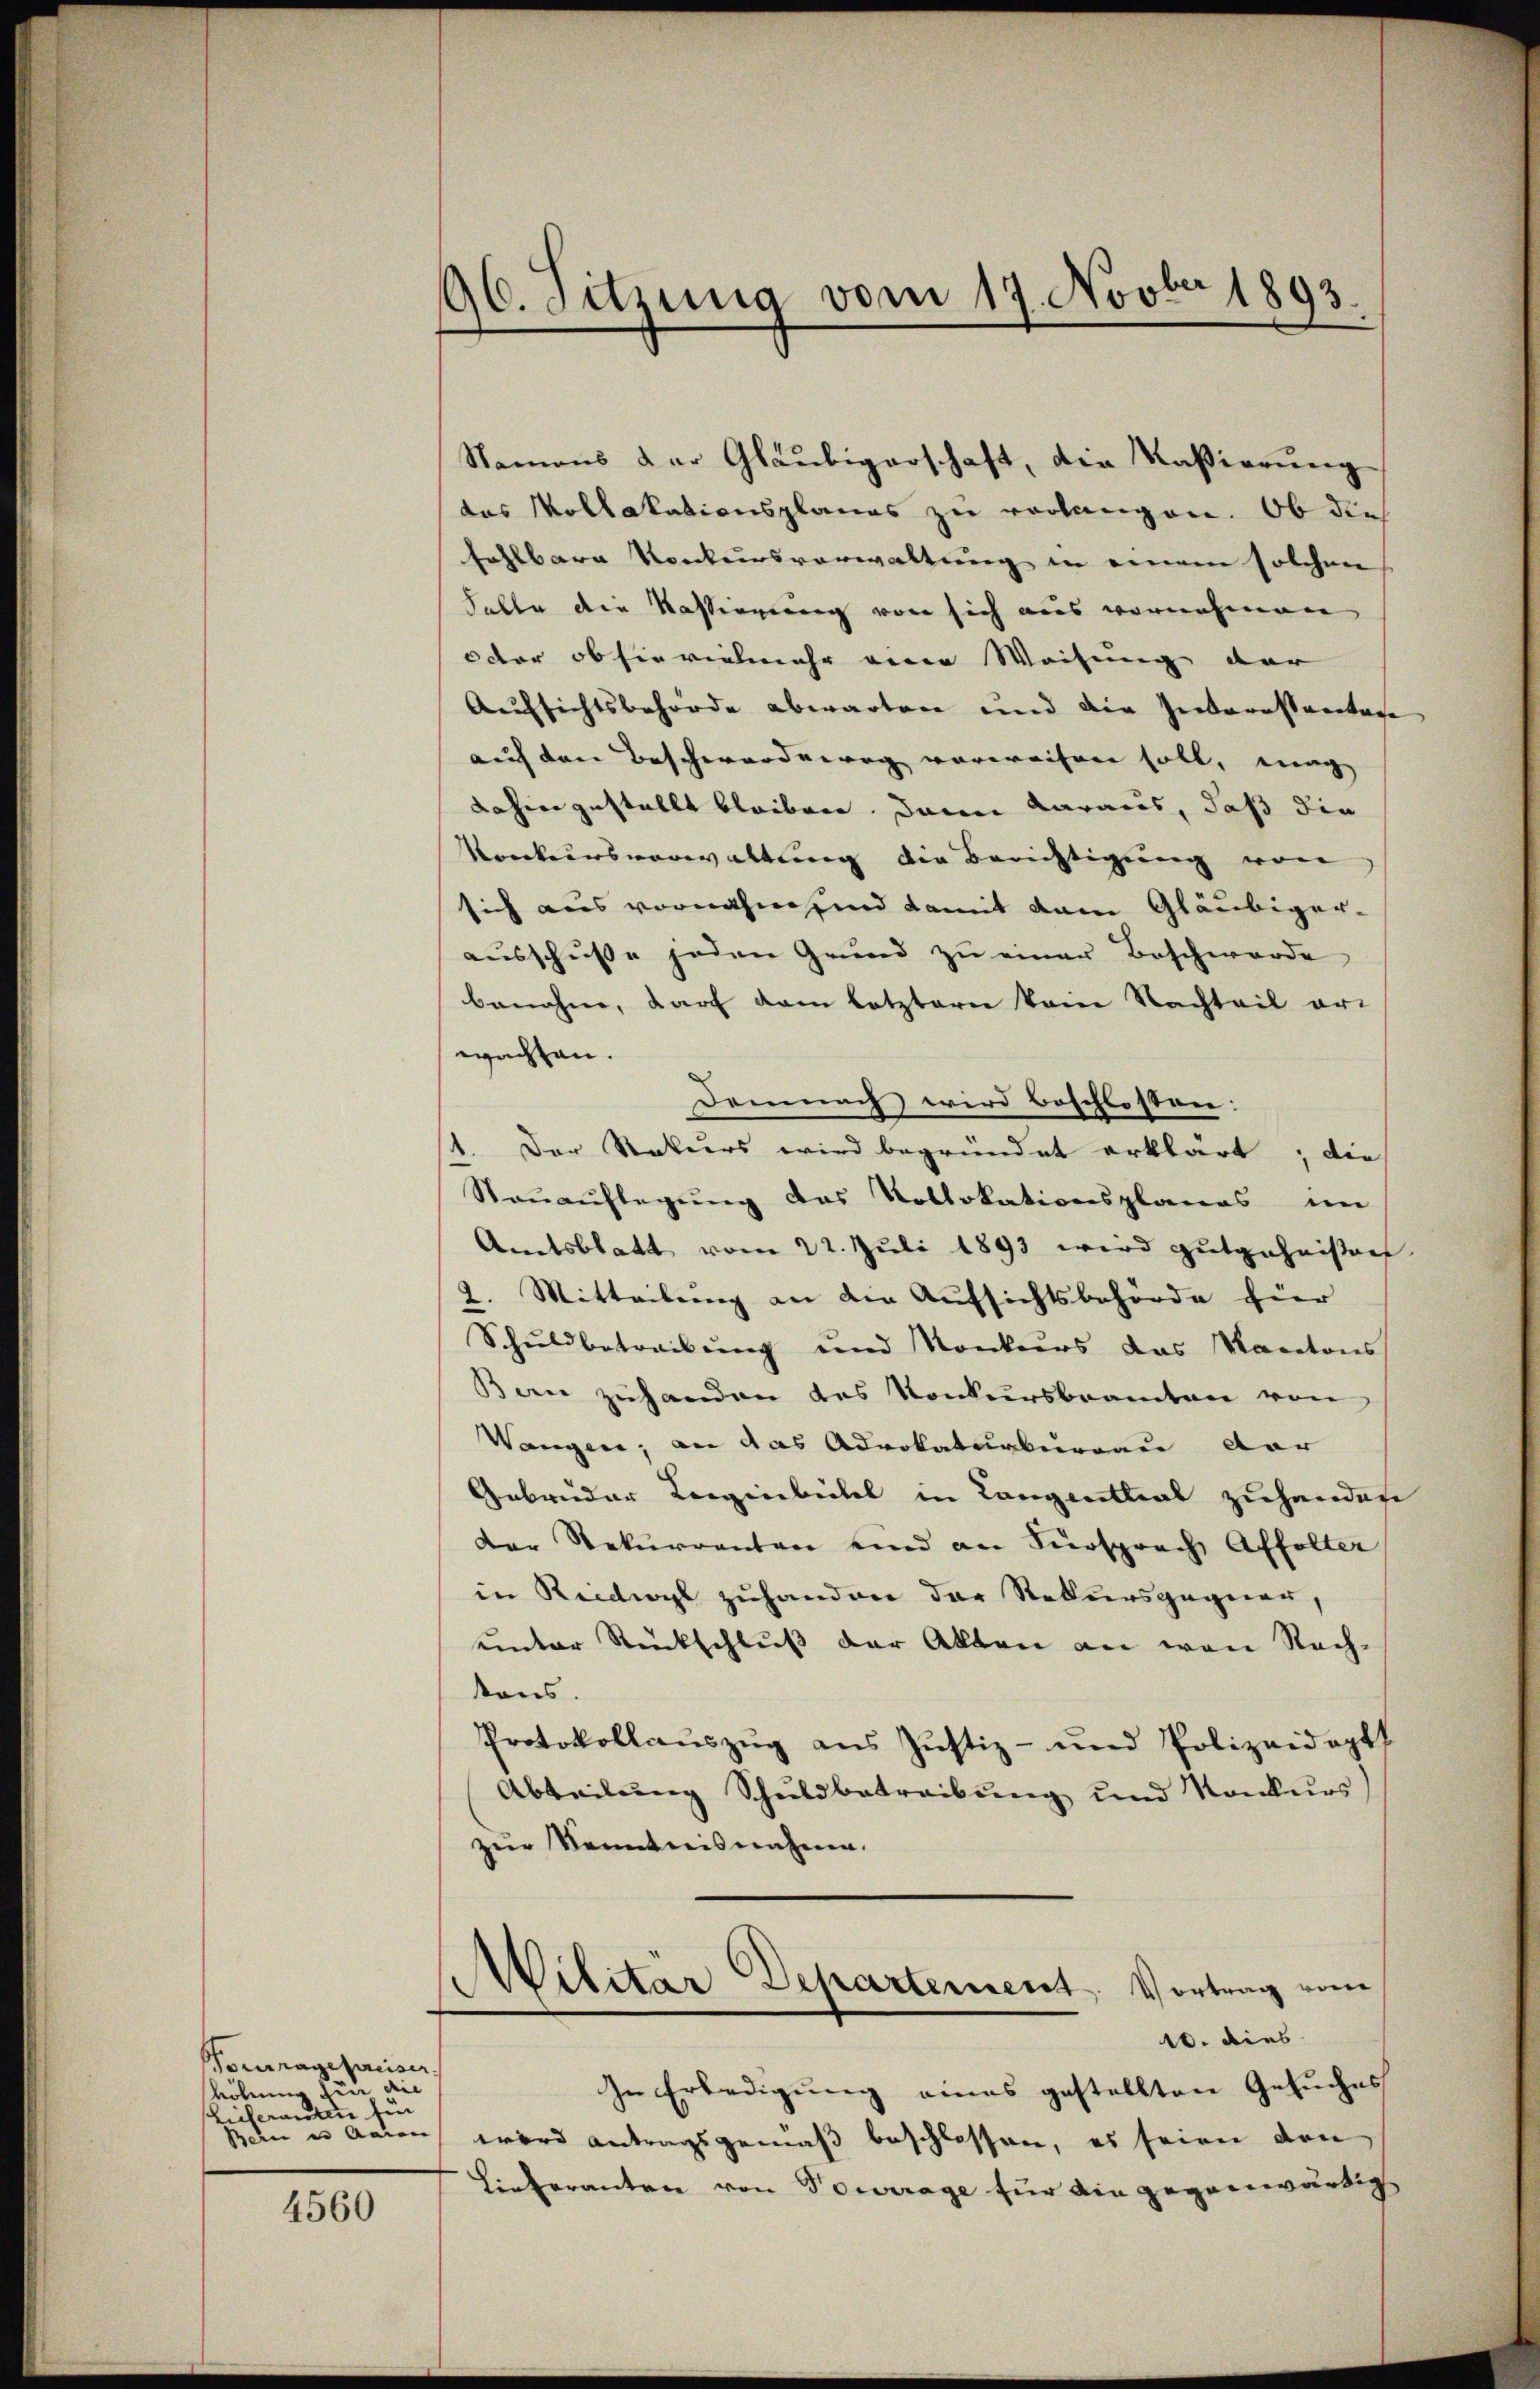
Vorragefreiser,
höhnung hin die
shieferanten für
Bern in Aaren |

4560

96. Sitzung vom 17. Novber 1893.

Namens der Gläubigerschaft, die Kasierung
das Kollakationsplanes zu verlangen. Ob dies
fahlbare Konkursverwaltung in einem solchen
Falle die Kassingung von sich aus vornehmen
oder ob sie vielmehr einen Weisung der
Aufsichtsbehörde abwarten und die Interessantage
auf den Beschwerdewig verweisen soll, mag
dahin gestellt bleiben. Dann daraus, daß die
Konkursverwaltung die Berichtigung von
sich aus vornahm sind damit dem Gläubiger-
ausschusse jeden Grund zu einer Beschwerde
benahm, darf dem letztern kam Nachteil er-
wachten.
Demnach wird beschlossen:
1. Der Rekurs wird begründet erklärt; die
Nauauflegung des Kollokationsplanes im
Amtsblatt vom 22. Juli 1893 wird gutgeheißen
2. Mitteilung an die Aufsichtsbehörde hier
Schuldbetreibŭng und Konkurs das Kantons
Ban zuhanden des Konkursbeamten von
Wangen; an das Advokaturbureau dar
Gebrüder Lorginbeitel in Cangenthal zuhandere
Der Rekurrenten und an Fürsprach Affolter
in Riedwyl zuhanden der Rekursgegner,
unter Rückschluß der Akten an von Rech-
tons.
Protokollaŭszŭg ans Justiz- und Polizeidopt
Abteilŭng Schuldbetreibŭng und Konkŭrs
zur Kenntnisnahme.
Wilitär Departement. Vortrag vom
.
10. dies
In Erledigung eines gestellten Gesuches
wird antragsgemäß beschlossen, es seien den
Lieferanten von Vortrage für ein gegenwärtig